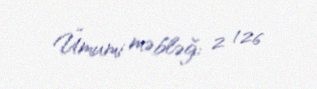
Ümumi məbləğ: 2 126